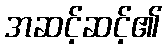
အဆင့်ဆင့်၏